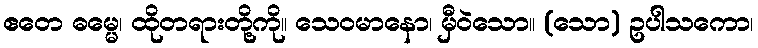
ဧတေ ဓမ္မေ၊ ထိုတရားတို့ကို။ သေဝမာနော၊ မှီဝဲသော။ (သော) ဥပါသကော၊